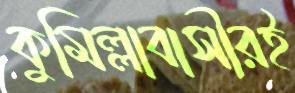
কুমিল্লাবাসীরই